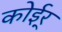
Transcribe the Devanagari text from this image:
कोईर्